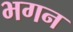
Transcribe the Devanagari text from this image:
भगन